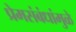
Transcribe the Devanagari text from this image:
प्रेमसंबंधांमुळे